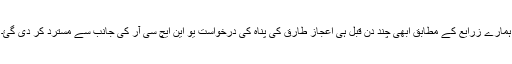
ہمارے زرایع کے مطابق ابھی چند دن قبل ہی اعجاز طارق کی پناہ کی درخواست یو این ایچ سی آر کی جانب سے مسترد کر دی گئ۔